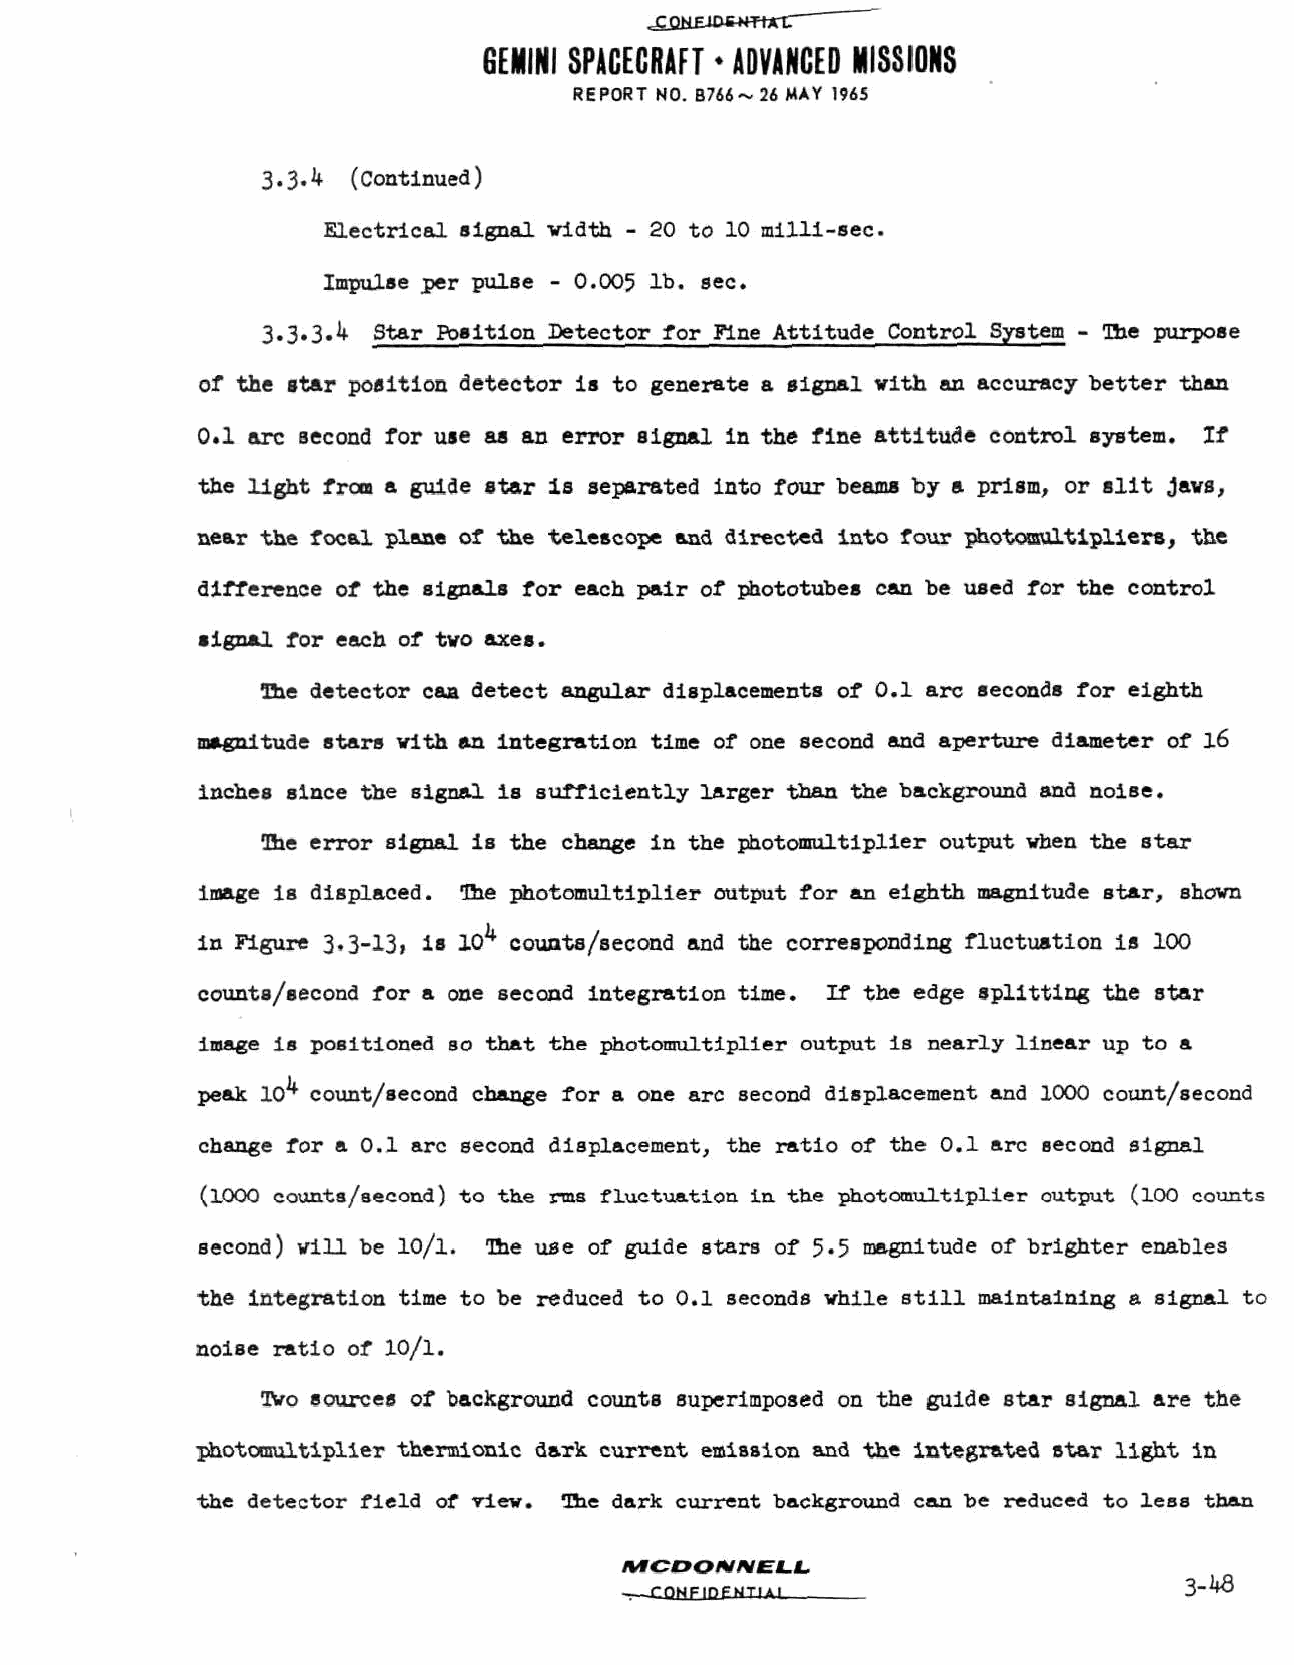
GEMINI SPACECRAFT • ADVANCED MISSIONS
 REPORT NO. B766~ 26 MAY 1965
 3.3.4 (Continued)
 Electrical signal width - 20 to 10 milli-sec.
 Impulse jper pulse - 0.005 lb. sec.
 3.3.3.4 Star Position Detector for Fine Attitude Control System - The purpose
 of the star position detector is to generate a signal with an accuracy better than
 0.1 arc second for use aa an error signal in the fine attitude control system. If
 the light from a guide star is separated into four beams by a prism, or sli tJaws,
 near the focal plane of the telescope and directed into four photomultipliers, the
 difference of the signals for each pair of phototubes can be used for the control
 signal for each of two axes.
 Dae detector can detect angular displacements of 0.1 arc seconds for eighth
 magnitude stars with an integration time of one second and aperture diameter of l6
 inches since the signal is sufficiently larger than the background and noise.
 Ihe error signal is the change in the photomultiplier output when the star
 image is displaced. The photomultiplier output for an eighth magnitude star, shown
 in Figure 3,3-13, is 10^ counts/second and the corresponding fluctuation is 100
 counts/second for a one second integration time. If the edge splitting the star
 image is positioned so that the photomultiplier output is nearly linear up to a
 peak 10^ count/second change for a one arc second displacement and 1000 count/second
 change for a 0.1 arc second displacement, the ratio of the 0.1 arc second signal
 (1000 counts/second) to the rms fluctuation in the photomultiplier output (100 counts
 second) will be lO/l. T±te use of guide stars of 5«5 magnitude of brighter enables
 the integration time to be reduced to 0.1 seconds while still maintaining a signal to
 noise ratio of 10/1.
 3Vo sources of background counts superimposed on the guide Btar signal are the
 photomultiplier thermionic dark current emission and the integrated star light in
 the detector field of view. The dark current background can be reduced to less than
 MCDONNELL
 ^-conEioEiiiiAj                      3-46